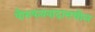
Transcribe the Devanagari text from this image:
पौरुषत्ववादामधील